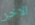
الاخر